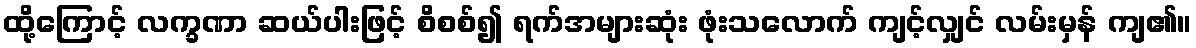
ထို့ကြောင့် လက္ခဏာ ဆယ်ပါးဖြင့် စိစစ်၍ ရက်အများဆုံး ဖုံးသလောက် ကျင့်လျှင် လမ်းမှန် ကျ၏။